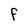
Character: F